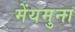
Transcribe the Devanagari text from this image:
मेंयमुना